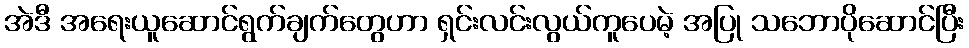
အဲဒီ အရေးယူဆောင်ရွက်ချက်တွေဟာ ရှင်းလင်းလွယ်ကူပေမဲ့ အပြု သဘောပိုဆောင်ပြီး